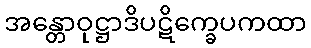
အန္တောဝုဋ္ဌာဒိပဋိက္ခေပကထာ